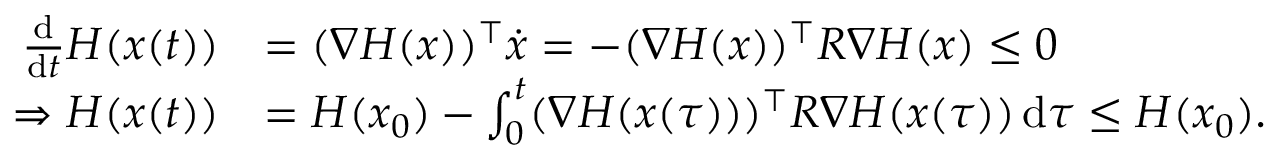
\begin{array} { r l } { \frac { \mathrm { d } } { \mathrm { d } t } H ( x ( t ) ) } & { = ( \nabla H ( x ) ) ^ { \top } \dot { x } = - ( \nabla H ( x ) ) ^ { \top } R \nabla H ( x ) \le 0 } \\ { \Rightarrow H ( x ( t ) ) } & { = H ( x _ { 0 } ) - \int _ { 0 } ^ { t } ( \nabla H ( x ( \tau ) ) ) ^ { \top } R \nabla H ( x ( \tau ) ) \, \mathrm { d } \tau \le H ( x _ { 0 } ) . } \end{array}